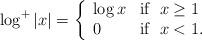
LaTeX: \begin{align*}\log^+ |x|=\left\{\begin{array}{ll}\log x & {\rm if}\;\; x\geq 1\\0 & {\rm if}\;\; x<1.\end{array}\right.\end{align*}